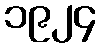
၁၉၂၄